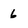
Character: 6